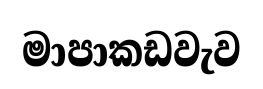
මාපාකඩවැව